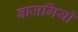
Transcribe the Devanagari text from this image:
बाजगियों